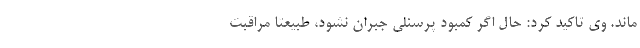
‌ماند. وی تاکید کرد: حال اگر کمبود پرسنلی جبران نشود، طبیعتا مراقبت